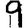
Digit: 9